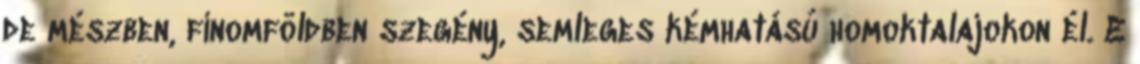
de mészben, finomföldben szegény, semleges kémhatású homoktalajokon él. E